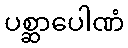
ပစ္ဆာပေါဏံ